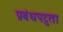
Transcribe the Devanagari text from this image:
प्रबंधपटुता